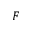
F